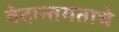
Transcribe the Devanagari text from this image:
वेदान्तमताचे